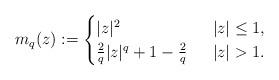
LaTeX: \begin{align*}m_{q}(z):=\begin{cases} |z|^{2} &\;\;|z|\leq 1,\\ \frac{2}{q}|z|^{q} + 1 - \frac{2}{q}&\;\;|z|>1. \end{cases} \end{align*}